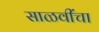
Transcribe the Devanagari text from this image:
साळवींचा